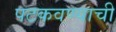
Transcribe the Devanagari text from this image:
पटकवण्याची